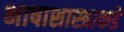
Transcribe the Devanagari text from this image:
भाषाशास्त्राकडे